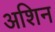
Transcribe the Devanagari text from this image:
अशिन